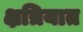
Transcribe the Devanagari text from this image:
क्षत्रियात